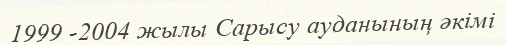
1999 -2004 жылы Сарысу ауданының әкімі